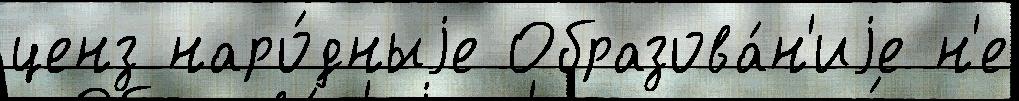
ценз наро́дныjе Образова́н'иjе н'е